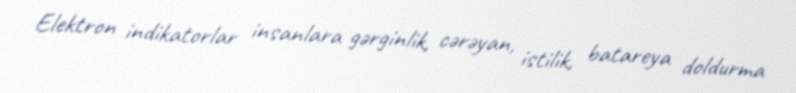
Elektron indikatorlar insanlara gərginlik, cərəyan, istilik, batareya doldurma